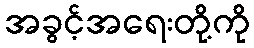
အခွင့်အရေးတို့ကို